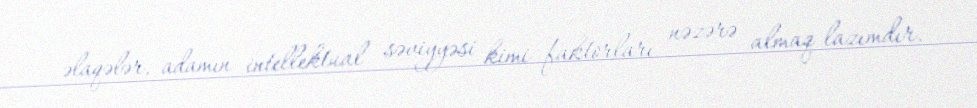
əlaqələr, adamın intellektual səviyyəsi kimi faktorları nəzərə almaq lazımdır.